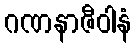
ဂဏနာဇီဝါနံ